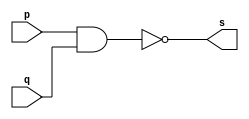
// ------------------------- 
// Exemplo0006 - nand 
// Nome: Oswaldo Oliveira Paulino
// ------------------------- 

// --------------------- 
// -- nand gate 
// --------------------- 

module nandgate (output s, input p, input q); 
	assign s = ~(p & q); 
endmodule // nand

// --------------------- 
// -- test nandgate 
// --------------------- 

module testnandgate; 

// ------------------------- dados locais 
	reg a,b; // definir registrador 
	wire s; // definir conexao (fio) 
	
// ------------------------- instancia 
nandgate NAND1 (s, a, b); 

// ------------------------- preparacao 
initial begin:start 
	a=0;
	b=0;
end 

// ------------------------- parte principal 
initial begin:main 
	$display("Exemplo0006 - Oswaldo Oliveira Paulino - 382175"); 
	$display("Test nand gate"); 
	$display("\n a' | b' = s\n"); 
	a=0; b=0; 
	#1 $display("%b | %b = %b", a, b, s); 
	a=0; b=1; 
	#1 $display("%b | %b = %b", a, b, s); 
	a=1; b=0; 
	#1 $display("%b | %b = %b", a, b, s); 
	a=1; b=1; 
	#1 $display("%b | %b = %b", a, b, s); 
end 

endmodule // testnandgate 

// ------------------------------ documentacao complementar
/*
    Exemplo0006 - Oswaldo Oliveira Paulino - 382175
    Test nand gate
    
    a' | b' = s
    
    0 | 0 = 1
    0 | 1 = 1
    1 | 0 = 1
    1 | 1 = 0
*/